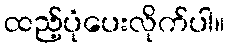
ထည့်ပုံပေးလိုက်ပါ။